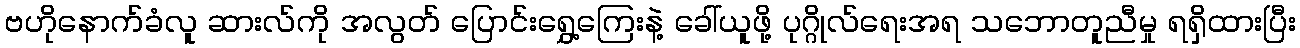
ဗဟိုနောက်ခံလူ ဆားလ်ကို အလွတ် ပြောင်းရွှေ့ကြေးနဲ့ ခေါ်ယူဖို့ ပုဂ္ဂိုလ်ရေးအရ သဘောတူညီမှု ရရှိထားပြီး